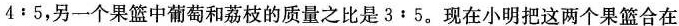
$$4﹔5$$，另一个果篮中葡萄和荔枝的质量之比是$$3﹔5$$。现在小明把这两个果篮合在